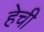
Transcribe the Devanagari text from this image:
हेची